Document type: Oath
Year: 1447
Scribe: Pere Figuerola
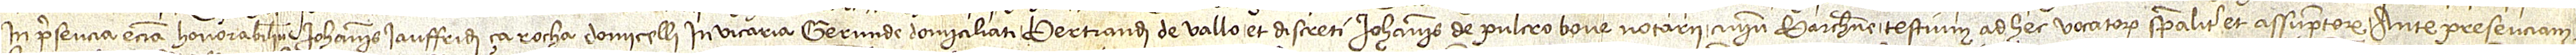
in presencia etiam honorabilium Iohannis Iauffridi ça Rocha, domicelli in vicaria Gerunde domiciliati, Bertrandi de Vallo et discreti Iohannis de Pulcrobove, notarii, civium Barchinone, testium ad hec vocatorum specialiter et assumptorum, ante presenciam